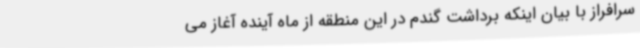
سرافراز با بیان اینکه برداشت گندم در این منطقه از ماه آینده آغاز می